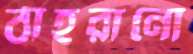
ঠাহরানো